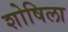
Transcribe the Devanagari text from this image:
शोषिला